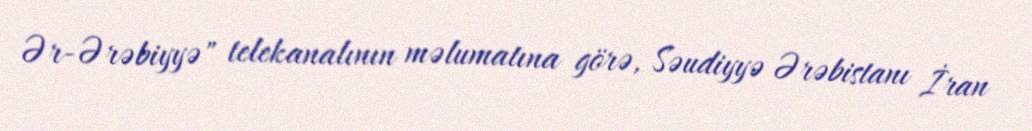
Ər-Ərəbiyyə" telekanalının məlumatına görə, Səudiyyə Ərəbistanı İran